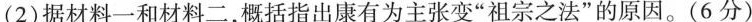
(2)据材料一和材料二，概括指出康有为主张变”祖宗之法”的原因。(6分)